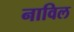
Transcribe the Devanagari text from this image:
नाविल